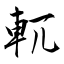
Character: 軏